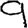
Digit: 9